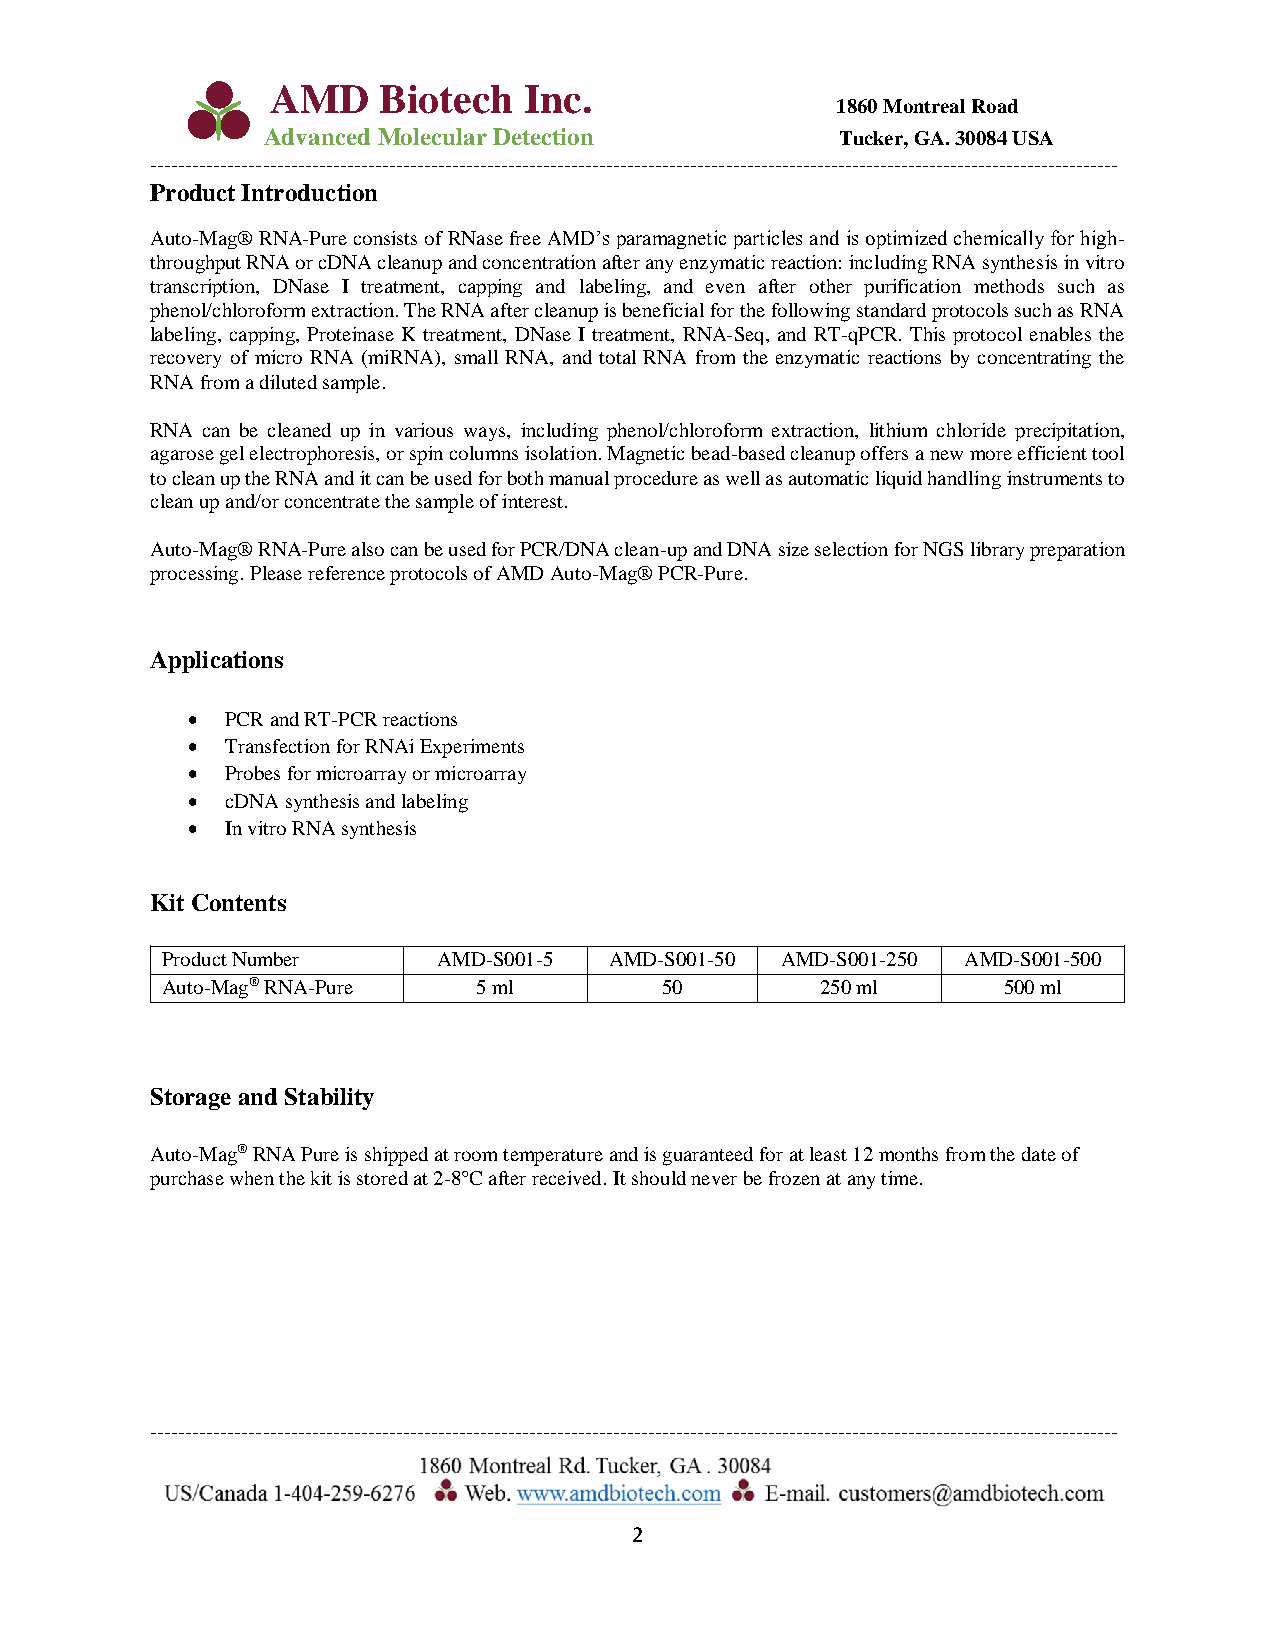
AMD    Biotech   Inc.
 1860 Montreal Road
 Advanced Molecular Detection          Tucker, GA. 30084 USA
 ------------------------------------------------------------------------------------------------------------------------------------------
 Product Introduction
 Auto-Mag® RNA-Pure consists of RNase free AMD’s paramagnetic particles and is optimized chemically for high-
 throughput RNA or cDNA cleanup and concentration after any enzymatic reaction: including RNA synthesis in vitro
 transcription, DNase I treatment, capping and labeling, and even after other purification methods such as
 phenol/chloroform extraction. The RNA after cleanup is beneficial for the following standard protocols such as RNA
 labeling, capping, Proteinase K treatment, DNase I treatment, RNA-Seq, and RT-qPCR. This protocol enables the
 recovery of micro RNA (miRNA), small RNA, and total RNA from the enzymatic reactions by concentrating the
 RNA from a diluted sample.
 RNA can be cleaned up in various ways, including phenol/chloroform extraction, lithium chloride precipitation,
 agarose gel electrophoresis, or spin columns isolation. Magnetic bead-based cleanup offers a new more efficient tool
 to clean up the RNA and it can be used for both manual procedure as well as automatic liquid handling instruments to
 clean up and/or concentrate the sample of interest.
 Auto-Mag® RNA-Pure also can be used for PCR/DNA clean-up and DNA size selection for NGS library preparation
 processing. Please reference protocols of AMD Auto-Mag® PCR-Pure.
 Applications
   PCR and RT-PCR reactions
   Transfection for RNAi Experiments
   Probes for microarray or microarray
   cDNA synthesis and labeling
   In vitro RNA synthesis
 Kit Contents
 Product Number    AMD-S001-5 AMD-S001-50 AMD-S001-250 AMD-S001-500
 Auto-Mag® RNA-Pure   5 ml        50        250 ml      500 ml
 Storage and Stability
 Auto-Mag® RNA Pure is shipped at room temperature and is guaranteed for at least 12 months from the date of
 purchase when the kit is stored at 2-8°C after received. It should never be frozen at any time.
 ------------------------------------------------------------------------------------------------------------------------------------------
 2